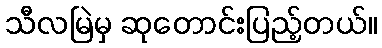
သီလမြဲမှ ဆုတောင်းပြည့်တယ်။